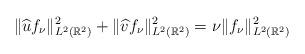
LaTeX: \begin{align*}\|\widehat{u} f_{\nu} \|_{L^2 (\mathbb{R}^2)}^2 + \|\widehat{v} f_{\nu} \|_{L^2 (\mathbb{R}^2)}^2 = \nu \| f_{\nu} \|_{L^2 (\mathbb{R}^2)}^2\end{align*}